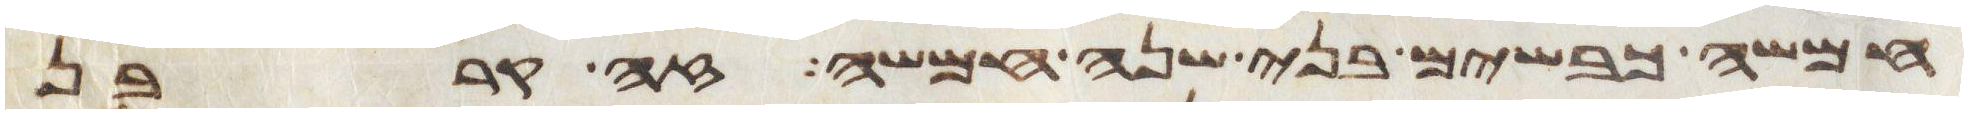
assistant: חמשה כבשים בני שנה חמשה זה קרבן